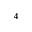
^ 4